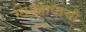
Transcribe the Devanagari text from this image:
छिंगहायाची